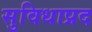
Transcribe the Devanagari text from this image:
सुविधाप्रद